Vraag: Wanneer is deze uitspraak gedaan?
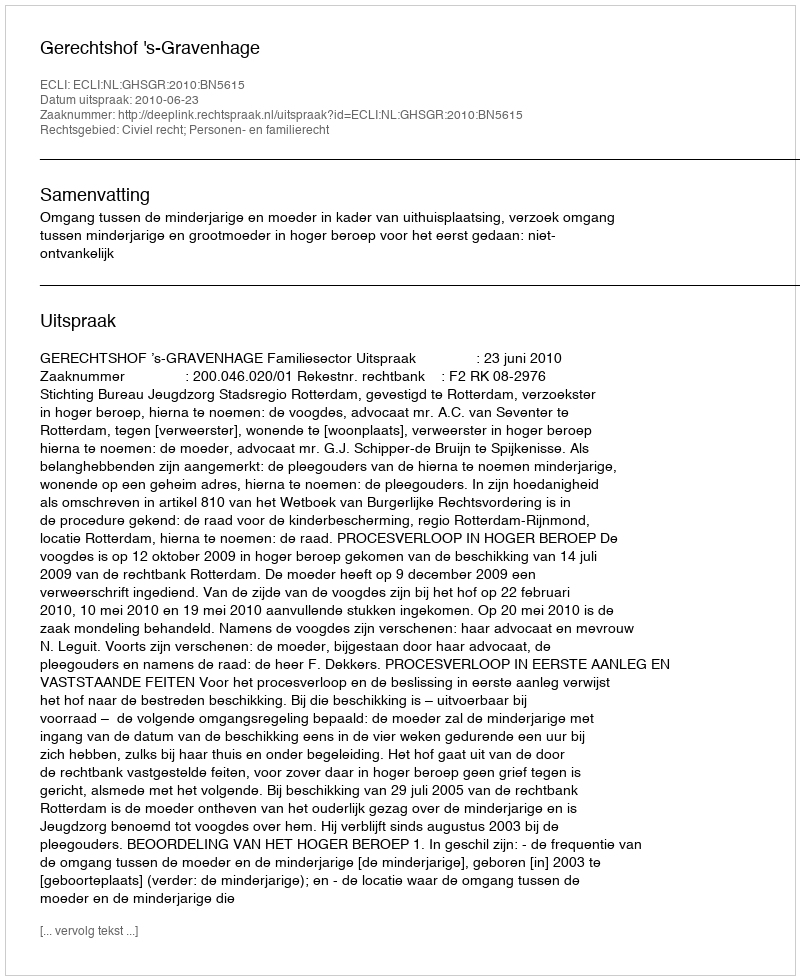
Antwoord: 2010-06-23